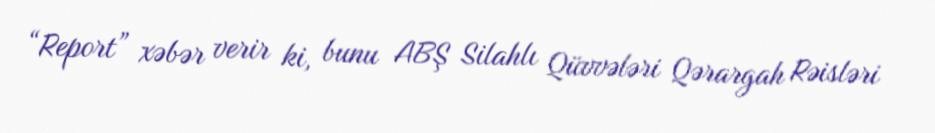
“Report” xəbər verir ki, bunu ABŞ Silahlı Qüvvələri Qərargah Rəisləri